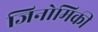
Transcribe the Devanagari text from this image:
जिनोमिकी